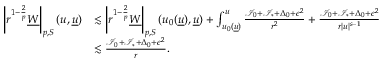
\begin{array} { r l } { \left| r ^ { 1 - \frac { 2 } { p } } \underline { { W } } \right| _ { p , S } ( u , { \underline { { u } } } ) } & { \lesssim \left| r ^ { 1 - \frac { 2 } { p } } \underline { { W } } \right| _ { p , S } ( u _ { 0 } ( { \underline { { u } } } ) , { \underline { { u } } } ) + \int _ { u _ { 0 } ( { \underline { { u } } } ) } ^ { u } \frac { \mathcal { I } _ { 0 } + \mathcal { I } _ { * } + \Delta _ { 0 } + \epsilon ^ { 2 } } { r ^ { 2 } } + \frac { \mathcal { I } _ { 0 } + \mathcal { I } _ { * } + \Delta _ { 0 } + \epsilon ^ { 2 } } { r | u | ^ { s - 1 } } } \\ & { \lesssim \frac { \mathcal { I } _ { 0 } + \mathcal { I } _ { * } + \Delta _ { 0 } + \epsilon ^ { 2 } } { r } . } \end{array}